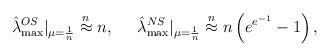
LaTeX: \begin{align*}\hat{\lambda}_{\max}^{OS}|_{\mu=\frac{1}{n}}\stackrel{ n}{\approx} n, \;\;\;\;\; \hat{\lambda}_{\max}^{NS}|_{\mu=\frac{1}{n}}\stackrel{ n}{\approx} n\left(e^{e^{-1}}-1\right),\end{align*}